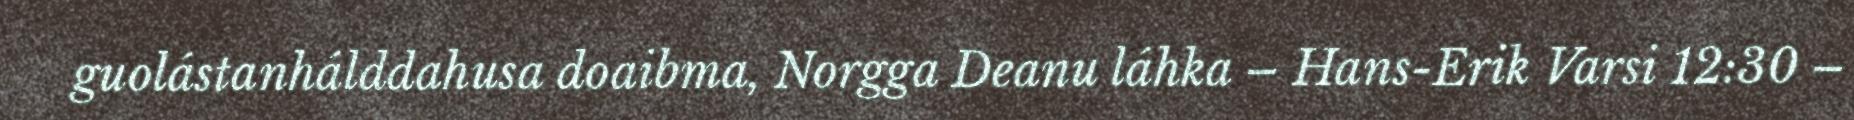
guolástanhálddahusa doaibma, Norgga Deanu láhka – Hans-Erik Varsi 12:30 –